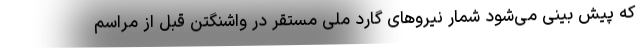
که پیش بینی می‌شود شمار نیروهای گارد ملی مستقر در واشنگتن قبل از مراسم